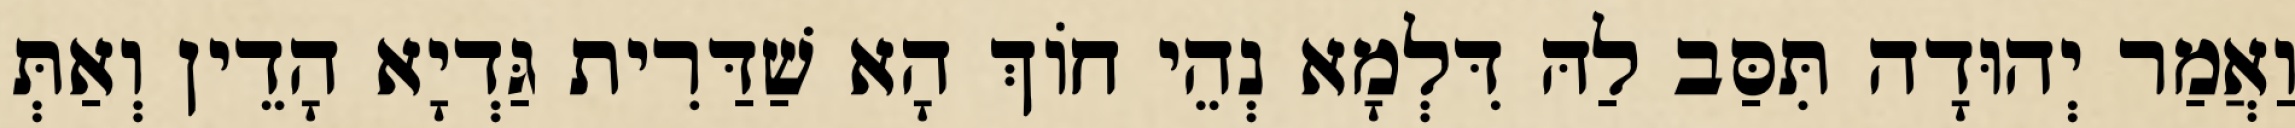
וַאֲמַר יְהוּדָה תִּסַּב לַהּ דִּלְמָא נְהֵי חוֹךְ הָא שַׁדַּרִית גַּדְיָא הָדֵין וְאַתְּ